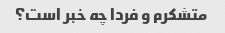
متشکرم و فردا چه خبر است؟